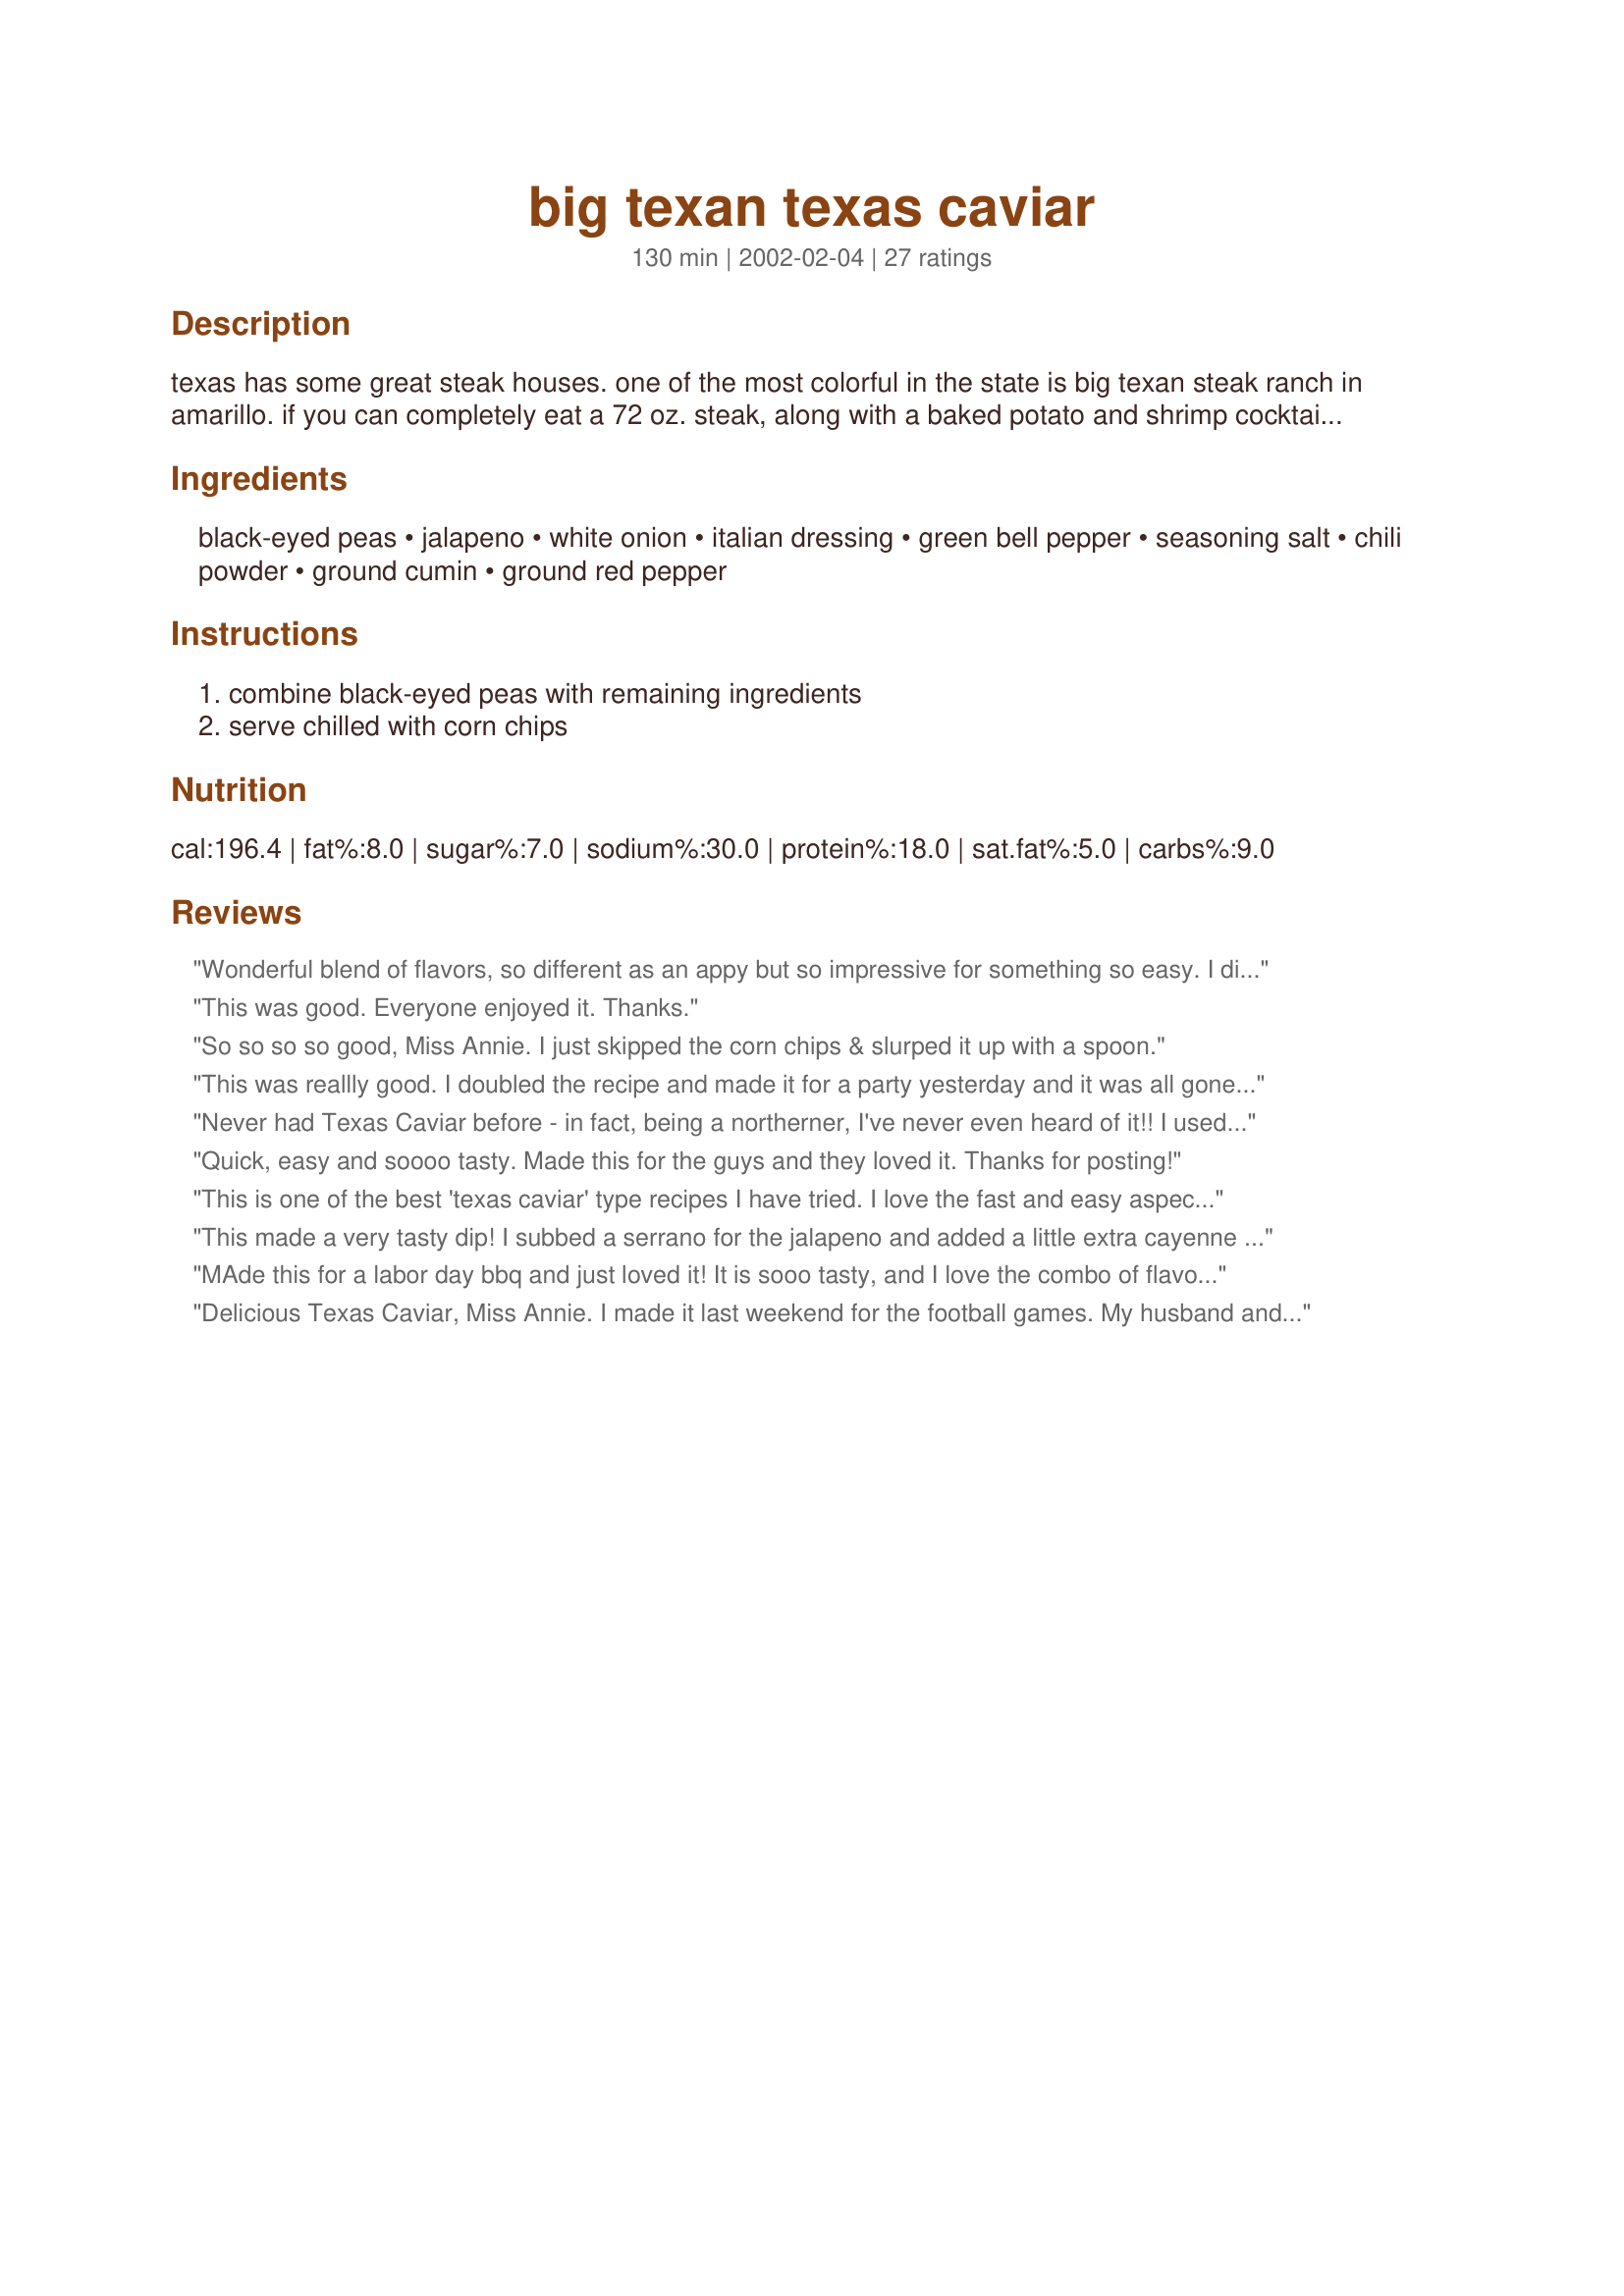
big texan texas caviar
Preparation time: 130 minutes

texas has some great steak houses. one of the most colorful in the state is big texan steak ranch in amarillo. if you can completely eat a 72 oz. steak, along with a baked potato and shrimp cocktail, you get it free. their recipe for texas caviar is also very good. try making it sometime.

Ingredients:
black-eyed peas, jalapeno, white onion, italian dressing, green bell pepper, seasoning salt, chili powder, ground cumin, ground red pepper

Steps:
combine black-eyed peas with remaining ingredients, serve chilled with corn chips

Reviews:
Wonderful blend of flavors, so different as an appy but so impressive for something so easy. I did make a few minor changes, cut the recipe in half and added cilantro. Exactly the flavors I enjoy when I think of Texas, everyone is already asking me to repeat this, I really should have made the whole recipe
This was good.
Everyone enjoyed it.
Thanks.
So so so so good, Miss Annie. I just skipped the corn chips & slurped it up with a spoon.
This was reallly good. I doubled the recipe and made it for a party yesterday and it was all gone by the end of the day. I'm really glad I tried this one and it won't be the last time I will make it! Thanks a lot!
Update: It's sad really. I've committed this recipe to memory after I made this at least 20 times (no joke) since I tried it last august... I always use fat free italian and there is no loss in flavor. If I make it for a social event, I make it very colorful by using a combination of kidney beans, pinto beans, and black beans instead of the black-eyed peas. I also sub some red onions, red bell peppers for half the white onions and green bell peppers to make it really colorful. Top it off with sprigs of cilantro and you're ready to go. I hope everyone enjoys this recipe as much as I have. Thanks Miss Annie!
Never had Texas Caviar before - in fact, being a northerner, I've never even heard of it!! I used low fat dressing & followed the recipe verbatim. It was enjoyed by all my guests (young & old) at my annual pool party/BBQ. Thanx Annie!
Quick, easy and soooo tasty. Made this for the guys and they loved it. Thanks for posting!
This is one of the best 'texas caviar' type recipes I have tried. I love the fast and easy aspect of this as well as this is all typically 'in the house already' food. Served at a huge party and guests kept gravitating back to the side of the room where this was sitting. Good thing we weren't on a boat as we would have capsized! Thanks for posting!
This made a very tasty dip! I subbed a serrano for the jalapeno and added a little extra cayenne pepper. I normally serve dips like this with tortilla chips, but since my husband is a Fritos hound, I decided to serve it with Fritos Scoops--the dip was perfect with them. :) Thanks for posting the recipe, Miss Annie!
MAde this for a labor day bbq and just loved it! It is sooo tasty, and I love the combo of flavors that the spices add. Super easy too....
Delicious Texas Caviar, Miss Annie. I made it last weekend for the football games. My husband and his pals liked it so much, that we are going to have it again for the Super Bowl Party. Perfect blend of spices and seasonings. Really love the cumin flavor. Thanks for sharing this one.
This was delicious! I used low-fat dressing and added some fresh cilantro and served it with regular corn chips and baked some corn tortilla chips. Definately one I will make again. Made for the Diabetic Tag...Tailgate Party.
Wonderful! And a great way to get those black eyed peas in on New Years while watching football. Spicy and flavorful, best if chilled at least sevearl hours ahead. Thnaks, Miss Annie, for another great recipe!
This was so good! The entire batch disappeared with in an hour! I substituted one of the cans of black eyed peas for black beans and added in 3/4 cups of white corn in as well. I also added in some hot sauce and extra ground red pepper for a little extra zest. Thanks!
Very good, I cut out the jalapeno because I don't handle hot stuff. I also used fat free dressing and added cilantro. I live in Amarillo and that place is something unique.
HAD SO MUCH FUN MAKING THIS! The name alone hooked me at first, but then the dish was super! Took it to a weekend BBQ and people loved it. Very flavorful--not too hot. Just great.
I was so glad to see that you had posted this recipe. Since I live in Amarillo, I had to try it. It is wonderful. It keeps well in the refrigerator for a few days if it's sealed up in a tight container. Of course, it doesn't last long enough to keep for a long period of time. Great dip!
Excellent!! I love it and it's a healthy alternative to those fattening dips. I did add a can of Rotel tomatoes (drained) and I added a bunch of cilantro (chopped)... and added extra chopped green pepper.
Had Texas caviar at the Cowgirl Hall of Fame restaurant a few weeks ago and really liked it. This recipe puts that tasty dip to shame - it is sooo good. I used a reduced fat dressing and noone was the wiser. Like Edith, I could stand there and eat this with a spoon or as a side dish for dinner.
We've never had Texas caviar before, so we thought we'd try it. It was pretty good, but I doubt I would make it again.
Great recipe! I made it for a ladies' luncheon and there were MANY requests for the recipe--a sure sign of success. Thanks, again, Miss Annie!
I've been looking for a version of what we call "LA Caviar" which stands for Lower Alabama Caviar. This is almost the exact recipe. For me to give a five-star rating a recipe has to be truely exceptional, so a 4-star is an excellent rating for me. I did add a little more salt and some chopped cilantro which was in my kitchen. A great addition in my opinion.
Excellent and excellent! Did add some fresh cilantro. Thanks for posting.
You gotta love the Big Texan! This was a great dish. I was planning on adding tomato when I looked in my refrigerator and noticed I had some homemade pico de gallo that needed used, so I added that in place of the tomato I was going to add, the onion and the jalapeno. I really like the flavor the cilantro gave this. I left out the green bell pepper (I thought I had one but I didn't). I ended up adding a little extra cumin just because I love cumin, but this was a great recipe!
Made this for New Year's for good luck. I cut the recipe in half and used a red bell pepper. Very good!
This is very very good! I first saw Texas Caviar in the deli section at my supermarket where it was marketed as a spicy bean salad. I've always wanted to make some at home! This recipe really hit the spot - it's cool and nicely spicey (I was afraid it would be scorching hot with the jalapeno and the red pepper but it's not) and has a really good bean salsa flavor. I served it with tortilla chips like a dip and it was yummy! I added chopped tomatoes and it was a nice addition. I used fat-free Italian dressing (storebought) so it was healthy too! Thanks, Miss Annie!
Yum, Yum!!! My husband and I love Texas caviar and so far, this is the best recipe I have tried for it. The spices are just right. Great with tortilla chips. Thanks for sharing.
A huge success - I didn't have any black eyed peas so I subbed with black beans and kidney beans - delish. Extremely easy dish to make - you can also save time by mixing the ingredients early and saving in a jar until you want a snack or side dish.
